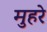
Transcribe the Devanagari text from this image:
मुहरे